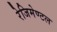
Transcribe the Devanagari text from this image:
रेजिमेण्टल